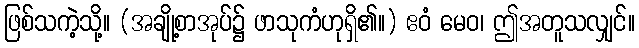
ဖြစ်သကဲ့သို့။ (အချို့စာအုပ်၌ ဖာသုကံဟုရှိ၏။) ဧဝံ မေဝ၊ ဤအတူသလျှင်။